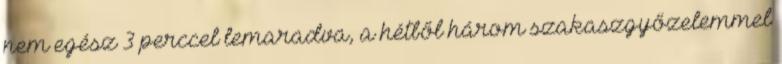
nem egész 3 perccel lemaradva, a hétből három szakaszgyőzelemmel